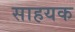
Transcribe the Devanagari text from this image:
साहयक